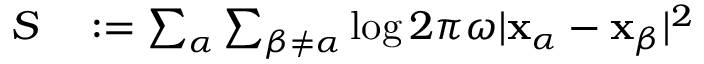
\begin{array} { r l } { S } & { { } : = \sum _ { \alpha } \sum _ { \beta \neq \alpha } \log 2 \pi \omega | \mathbf x _ { \alpha } - \mathbf x _ { \beta } | ^ { 2 } } \end{array}